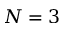
N = 3